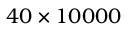
4 0 \times 1 0 0 0 0